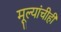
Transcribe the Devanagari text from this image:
मूल्यांचीही